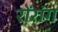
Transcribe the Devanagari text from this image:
रोंरांग